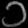
Digit: ၁